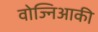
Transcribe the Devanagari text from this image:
वोज्निआकी